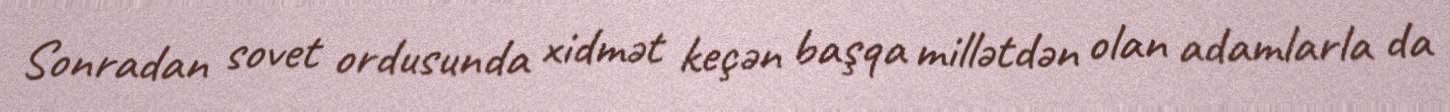
Sonradan sovet ordusunda xidmət keçən başqa millətdən olan adamlarla da